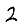
Digit: 2